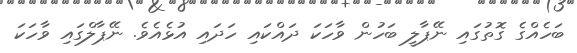
ބަހެއްގެ ގޮތުގައި ނޭޕާލީ ބަހުން ވާހަކަ ދައްކައި ހަދައި އުޅެއެވެ. ނޭޕާލްގައި ވާހަކަ